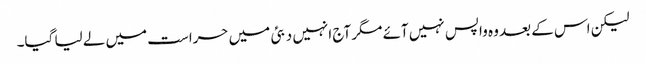
لیکن اس کے بعد وہ واپس نہیں آئے مگر آج انہیں دبئی میں حراست میں لے لیا گیا۔